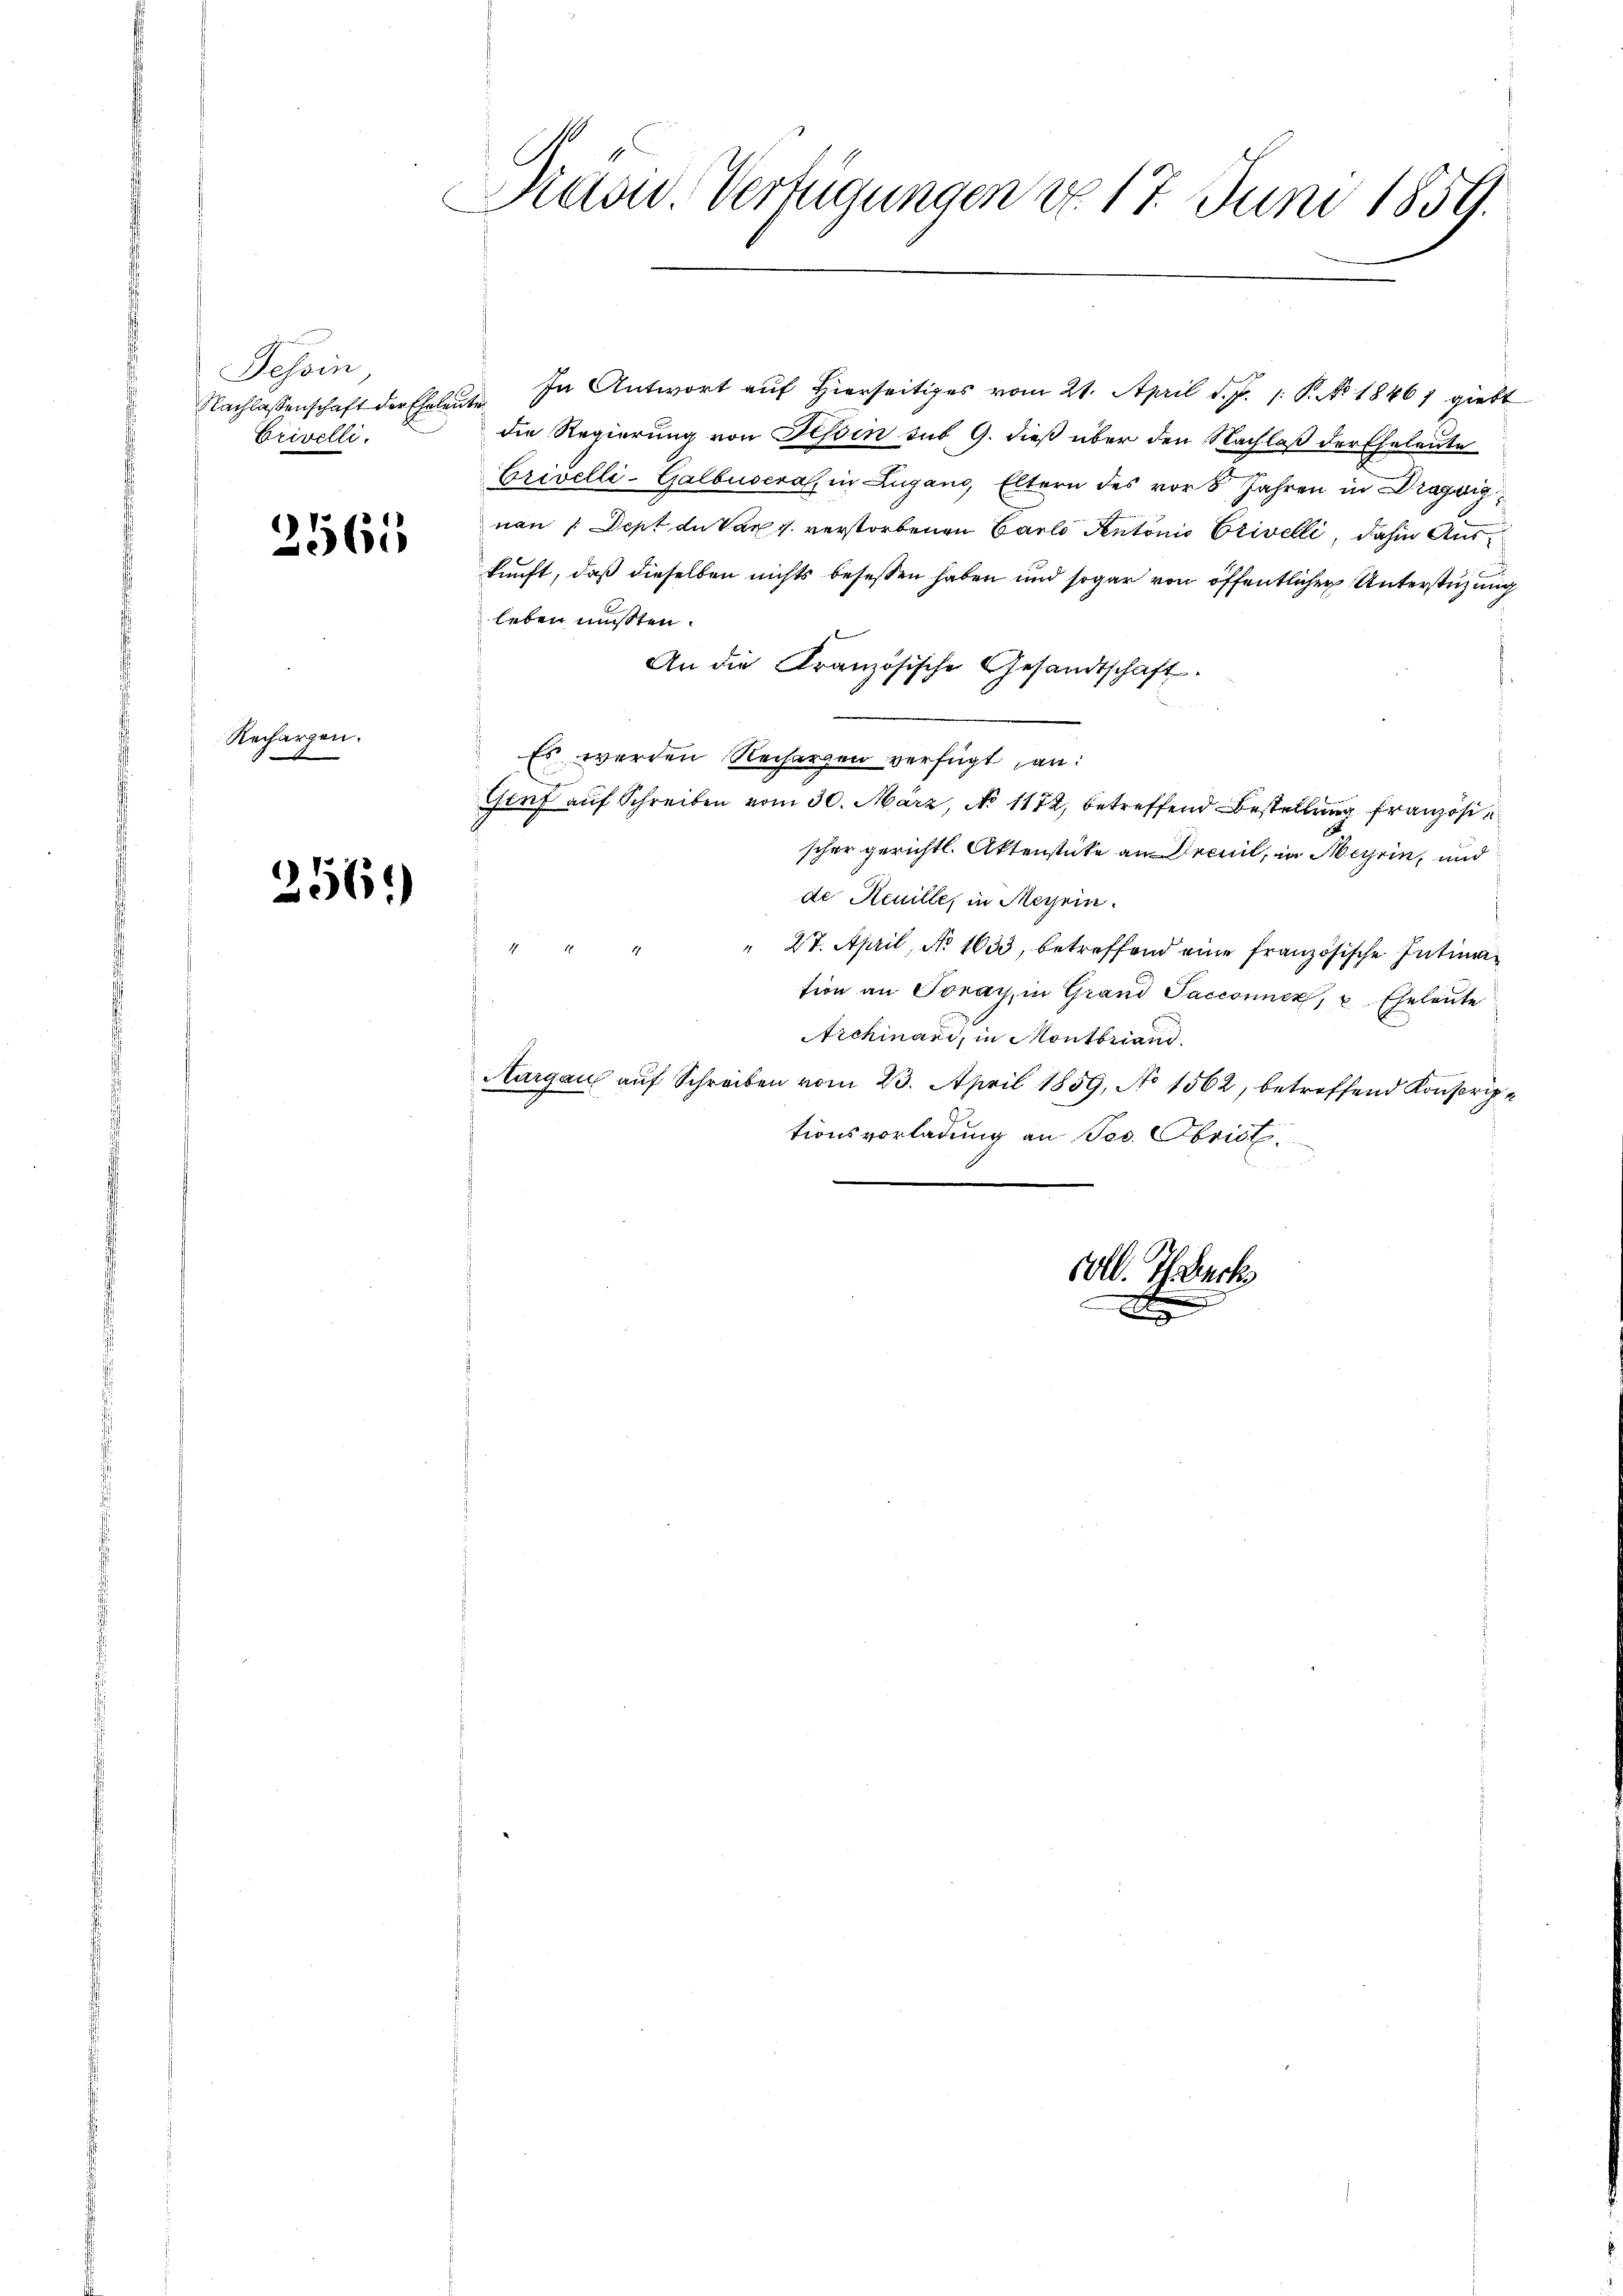
Tessin
Nachlassenschaft der Eheleute
Erivelli.

2561

Rechargen.
e |

256.)

Kasw. Verfügungen do 17. Juni 1859.

In Antwort auf Hierseitiges vom 21. April d. J. 1: P. No 1846, giebt
die Regierung von Tessin sub. 9. dieß über den Nachlaß der Eheleute
Crivelli-Galbusera, in Zugano, Eltern des vor 8 Jahren in Dragvignan (Dept du Varg verstorbenen Carlo ventonio Erivelli, dahin Auskunft, daß dieselben nichts besessen haben und sogar von öffentlicher Unterstüzung
leben müßten.
An die Französische Gesandtschaft.
Es werden Recherzen verfügt an:
Gief auf Schreiben vom 30. März, No 1172, betreffend Bestellung französi¬
.
scher gerichtl. Aktenstücke an Drenil, in Meyrin, und
de Heuille, in Messein.
 27. April, No 1633, betreffend eine französische Intimation an Toray, in Grand Sacconnen, 2 Eheleute
Archinari, in Montbriand
Aargau auf Schreiben vom 23. April 1859, No 1562, betreffend Konscriptionsvorladung an Jes. Obrist

Oll. Th. Beck
B
x